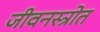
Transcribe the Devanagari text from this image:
जीवनस्त्रोत